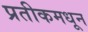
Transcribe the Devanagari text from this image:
प्रतीकमधून